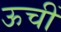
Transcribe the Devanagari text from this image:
ऊचीं